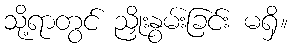
သို့ရာတွင် ညှိုးနွမ်းခြင်း မရှိ။